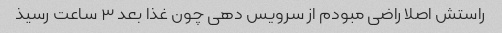
راستش اصلا راضی مبودم از سرویس دهی چون غذا بعد ۳ ساعت رسیذ